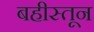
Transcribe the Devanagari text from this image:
बहीस्तून